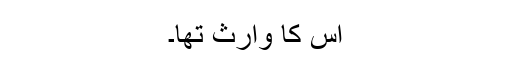
اس کا وارث تھا۔